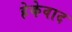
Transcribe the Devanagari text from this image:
हेकेवाद